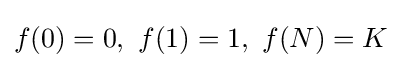
f(0)=0,\ f(1)=1,\ f(N)=K